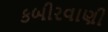
કબીરવાણી